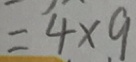
= 4 \times 9